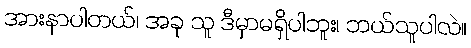
အားနာပါတယ်၊ အခု သူ ဒီမှာမရှိပါဘူး၊ ဘယ်သူပါလဲ။